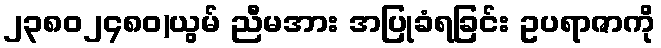
၂၃၈၀၂၄၈၀)ယွမ် ညီမအား အပြုခံရခြင်း ဥပရာဇာကို